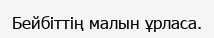
Бейбіттің малын ұрласа.